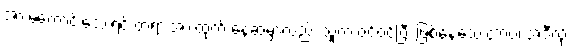
အားမကောင်းသေးရင် တရားအားထုတ် နေဆဲမှာလည်း သူက ဝင်ဝင်ပြီး ဖြစ်နေသေးတာပဲ၊ အဲဒီလို